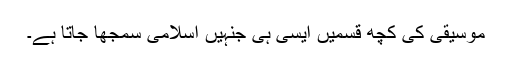
موسیقی کی کچھ قسمیں ایسی ہی جنہیں اسلامی سمجھا جاتا ہے۔